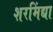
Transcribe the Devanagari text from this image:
शरमिंद्या